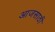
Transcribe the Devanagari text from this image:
आजसाठी